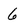
Character: 6